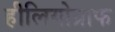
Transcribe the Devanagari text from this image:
हीलियोग्राफ